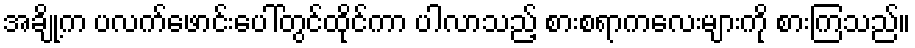
အချို့က ပလက်ဖောင်းပေါ်တွင်ထိုင်ကာ ပါလာသည့် စားစရာကလေးများကို စားကြသည်။